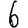
Digit: 6